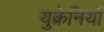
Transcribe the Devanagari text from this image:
युक्रेनियों